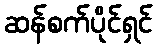
ဆန်စက်ပိုင်ရှင်